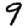
Digit: 9